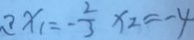
x _ { 1 } = - \frac { 2 } { 3 } x _ { 2 } = - 4